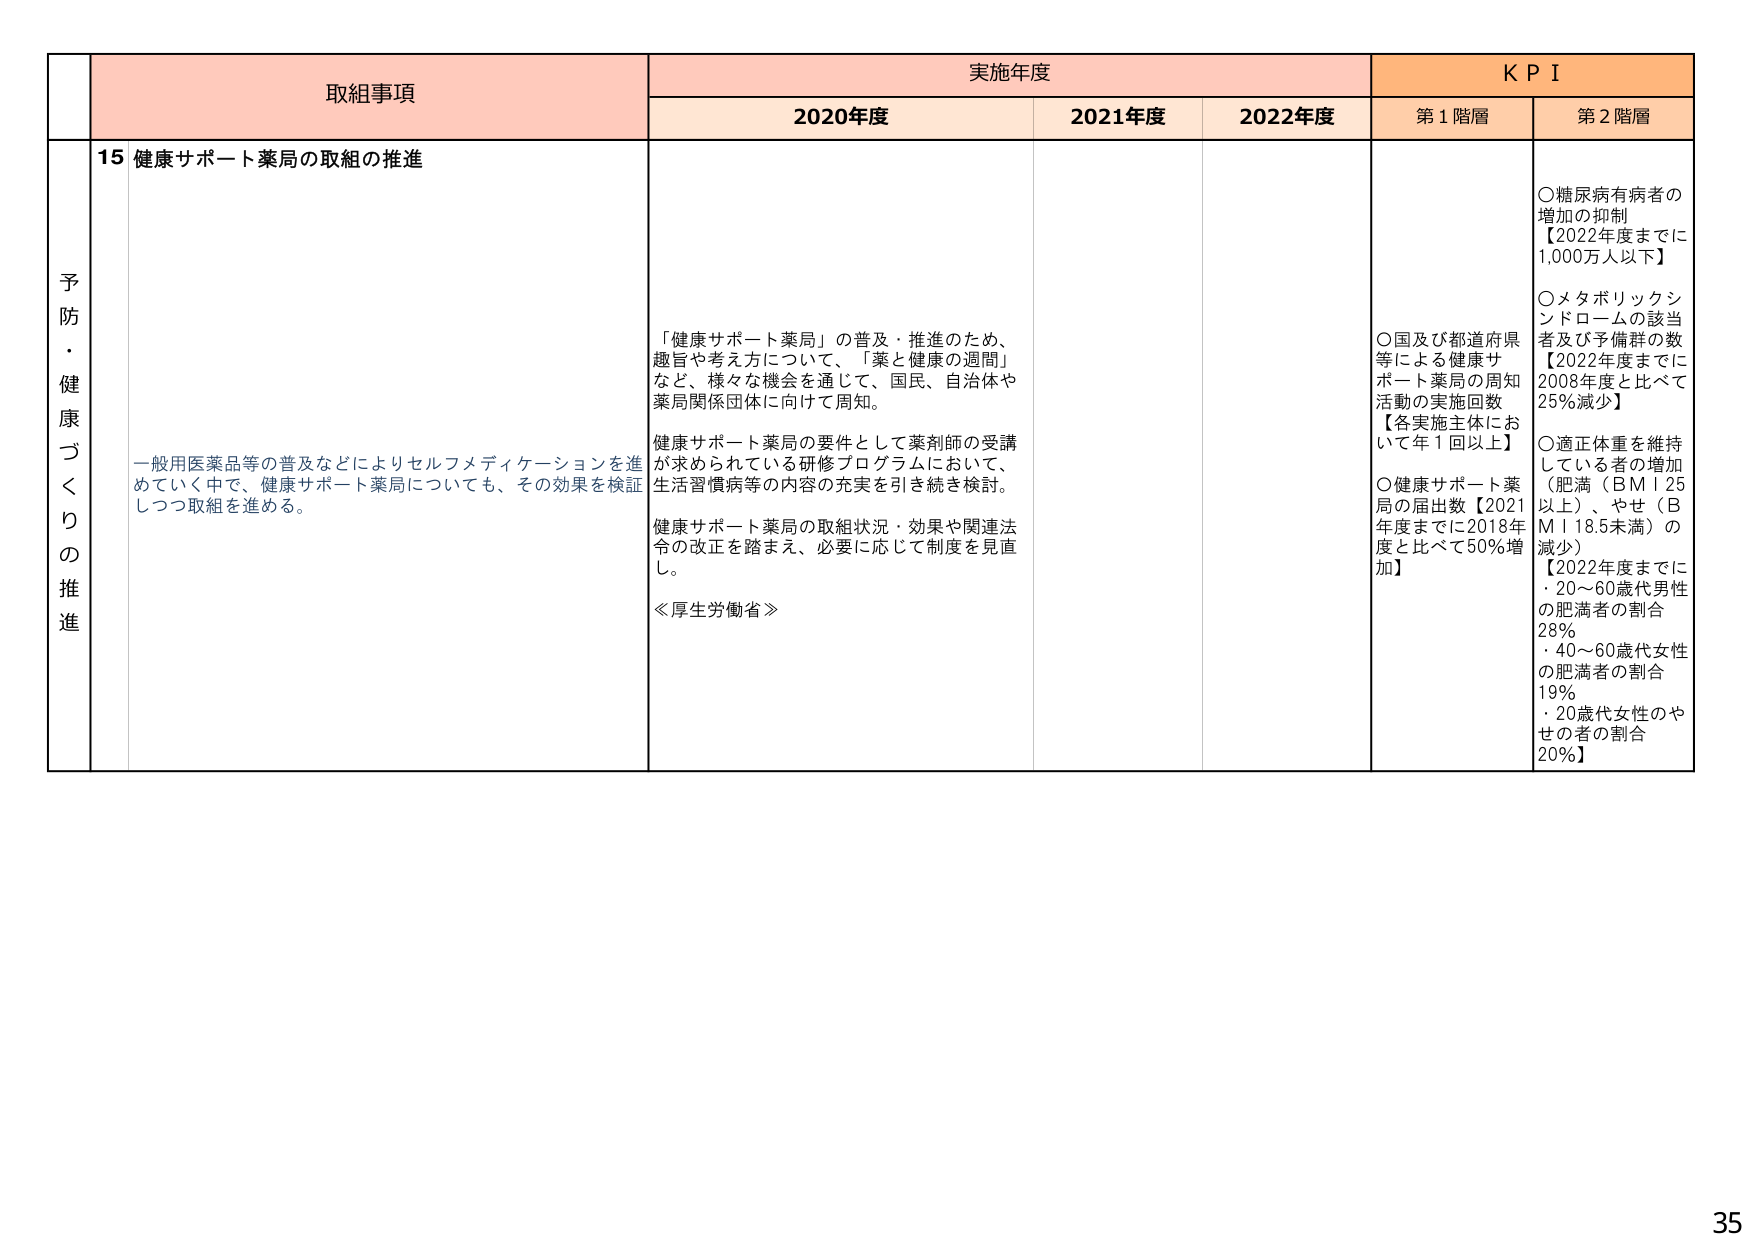
予防・健康づくりの推進

取組事項
15 健康サポート薬局の取組の推進

一般用医薬品等の普及などによりセルフメディケーションを進めていく中で、健康サポート薬局についても、その効果を検証しつつ取組を進める。

実施年度
2020年度
「健康サポート薬局」の普及・推進のため、趣旨や考え方について、「薬と健康の週間」など、様々な機会を通じて、国民、自治体や薬局関係団体に向けて周知。

健康サポート薬局の要件として薬剤師の受講が求められている研修プログラムにおいて、生活習慣病等の内容の充実を引き続き検討。

健康サポート薬局の取組状況・効果や関連法令の改正を踏まえ、必要に応じて制度を見直し。

≪厚生労働省≫

2021年度

2022年度

KPI
第1階層
○国及び都道府県等による健康サポート薬局の周知活動の実施回数【各実施主体において年1回以上】
○健康サポート薬局の届出数【2021年度までに2018年度と比べて50%増加】

第2階層
○糖尿病有病者の増加の抑制【2022年度までに1,000万人以下】
○メタボリックシンドロームの該当者及び予備群の数【2022年度までに2008年度と比べて25%減少】
○適正体重を維持している者の増加（肥満（BMI 25以上）、やせ（BMI 18.5未満）の減少）【2022年度までに・20～60歳代男性の肥満者の割合28%・40～60歳代女性の肥満者の割合19%・20歳代女性のやせの者の割合20%】

35